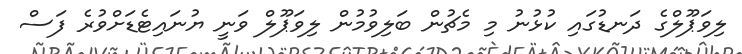
ލިވަޕޫލްގެ ދަނޑުގައި ކުޅުނު މި މެޗުން ބަލިވުމުން ލިވަޕޫލް ވަނީ ޔުނައިޓެޑަށްވުރެ ފަސް